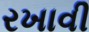
રખાવી